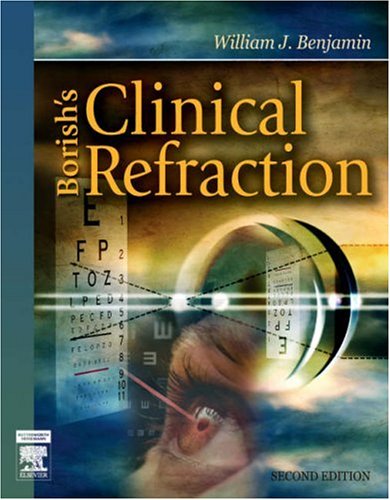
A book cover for Borish's Clinical Refraction, 2e (Benjamin, Borish's Clinical Refraction); William J. Benjamin OD  MS  PhD; Medical Books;